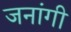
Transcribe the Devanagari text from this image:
जनांगी